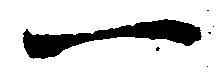
一